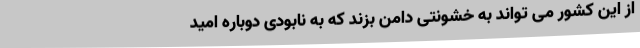
از این کشور می تواند به خشونتی دامن بزند که به نابودی دوباره اميد